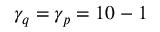
\gamma _ { q } = \gamma _ { p } = 1 0 ^ { Ḋ } - 1 Ḍ